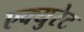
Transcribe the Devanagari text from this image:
एक्युरेट